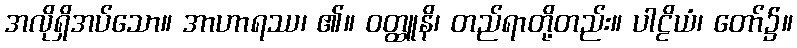
အလိုရှိအပ်သော။ အာဟာရဿ၊ ၏။ ဝတ္ထူနိ၊ တည်ရာတို့တည်း။ ပါဠိယံ၊ တော်၌။